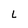
Character: L